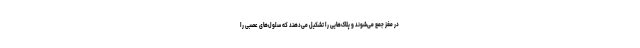
در مغز جمع می‌شوند و پلاک‌هایی را تشکیل می‌دهند که سلول‌های عصبی را